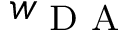
w _ { \textrm { D A } }